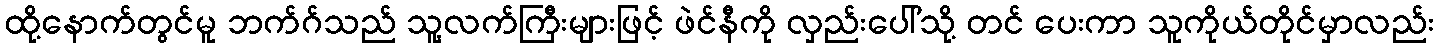
ထို့နောက်တွင်မူ ဘက်ဂ်သည် သူ့လက်ကြီးများဖြင့် ဖဲင်နီကို လှည်းပေါ်သို့ တင် ပေးကာ သူကိုယ်တိုင်မှာလည်း